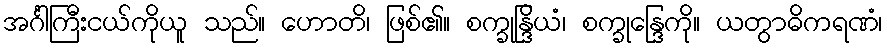
အင်္ဂါကြီးငယ်ကိုယူ သည်။ ဟောတိ၊ ဖြစ်၏။ စက္ခုန္ဒြိယံ၊ စက္ခုန္ဒြေကို။ ယတွာဓိကရဏံ၊